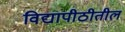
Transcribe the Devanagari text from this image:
विद्यापीठीतील